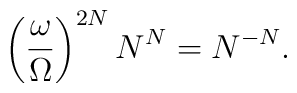
\left({\omega\over\Omega}\right)^{2N}N^N=N^{-N}.